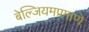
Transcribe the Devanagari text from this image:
बेल्जियमप्रमाणे